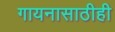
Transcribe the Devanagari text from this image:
गायनासाठीही